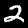
Digit: 2